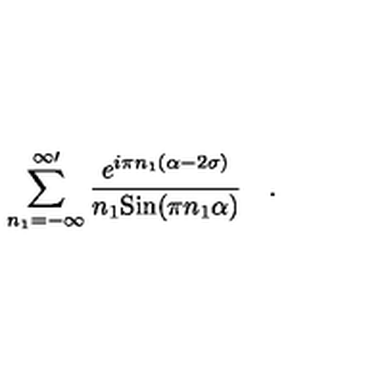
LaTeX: \sum _ { n _ { 1 } = - \infty } ^ { \infty \prime } { \frac { e ^ { i \pi n _ { 1 } ( \alpha - 2 \sigma ) } } { n _ { 1 } \mathrm { S i n } ( \pi n _ { 1 } \alpha ) } } \quad .